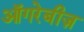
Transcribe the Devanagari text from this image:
ऑगरेबीज़